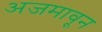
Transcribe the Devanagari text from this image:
अजमावून